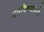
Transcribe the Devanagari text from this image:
बनविण्याकडे